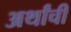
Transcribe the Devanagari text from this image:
अर्थांची